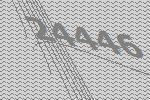
24446